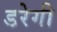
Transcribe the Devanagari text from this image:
डरेगी